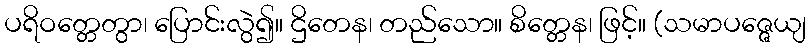
ပရိဝတ္တေတွာ၊ ပြောင်းလွဲ၍။ ဌိတေန၊ တည်သော။ စိတ္တေန၊ ဖြင့်။ (သမာပဇ္ဇေယျ